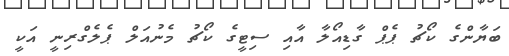
ބަޔާންގެ ކޯޗު ޕެޕް ގާޑިއޯލާ އާއި ސިޓީގެ ކޯޗު މެނުއަލް ޕެލެގްރިނީ އަކީ